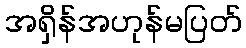
အရှိန်အဟုန်မပြတ်